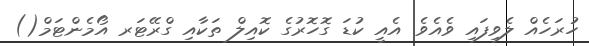
ހުރަހެއް ލެވިފައި ވެއެވެ. އެއީ ކުޑަ ގޮހޮރުގެ ކޮއިލް ތަކާއި ގްރޭޓަރ އޯމެންޓަމް()